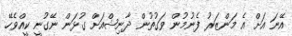
އޭނަ އަށް އެ މަންޒަރު ފެނުމުން ވަގުތުން ދާނިޝްއަށް ގުޅަން ނޭގުނީ ކީއްވެހޭ